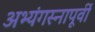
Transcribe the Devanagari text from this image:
अभ्यंगस्नापूर्वी